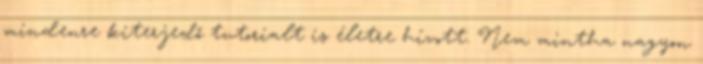
mindenre kiterjedő tutorialt is életre hívott. Nem mintha nagyon